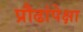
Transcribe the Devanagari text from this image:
प्रौढांपेक्षा